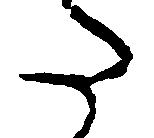
た